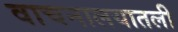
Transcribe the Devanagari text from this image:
वाचनालयातली